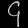
Digit: ၄